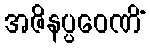
အဇိနပ္ပဝေဏိံ